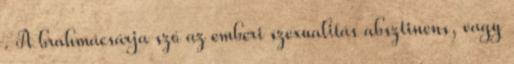
. A brahmácsárja szó az emberi szexualitás absztinens, vagy